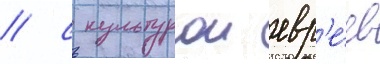
/ с культурои евр'е́ев